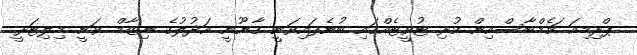
ޕްރިމިއަ ޗެމްބާސްއިން ކުރި ޓުވީޓެއްގައި ބުނެފައިވަނީ ޤާނޫނީ އަދުލުގެ ނިޒާމް ވަނީ މިލިޓަރީ